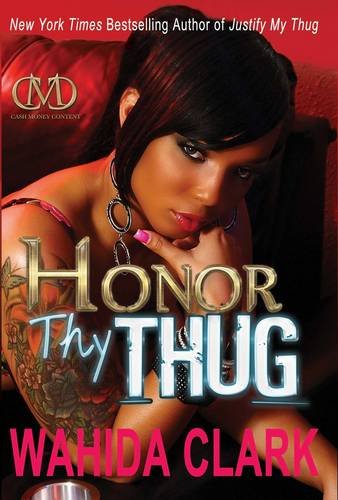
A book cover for Honor Thy Thug; Wahida Clark; Literature & Fiction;